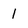
Character: l